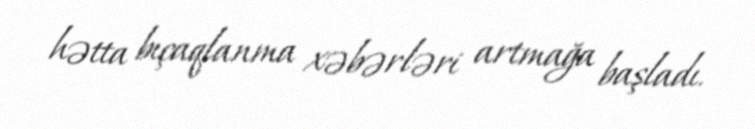
hətta bıçaqlanma xəbərləri artmağa başladı.